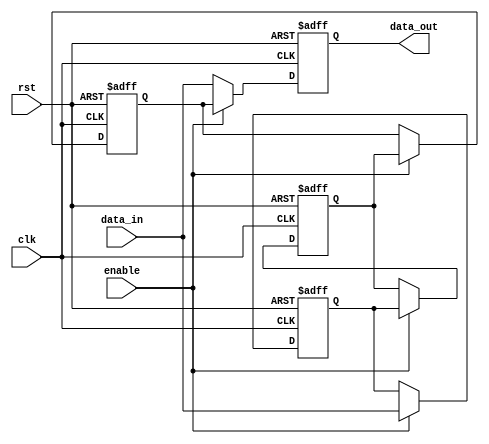
module cascade_bypass_register(
    input clk,
    input rst,
    input enable,
    input [7:0] data_in,
    output reg [7:0] data_out
);

reg [7:0] reg1, reg2, reg3;

always @(posedge clk or posedge rst) begin
    if (rst) begin
        reg1 <= 8'b0;
        reg2 <= 8'b0;
        reg3 <= 8'b0;
        data_out <= 8'b0;
    end else begin
        if (enable) begin
            reg1 <= data_in;
            reg2 <= reg1;
            reg3 <= reg2;
            data_out <= reg3;
        end else begin
            data_out <= data_in;
        end
    end
end

endmodule